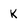
Character: K